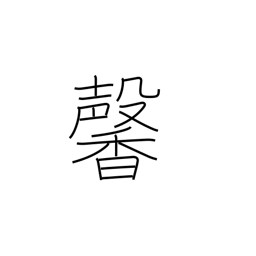
Meaning: fragrant